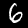
Label: 6